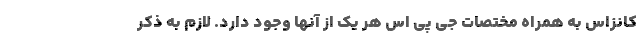
کانزاس به همراه مختصات جی پی اس هر یک از آنها وجود دارد. لازم به ذکر